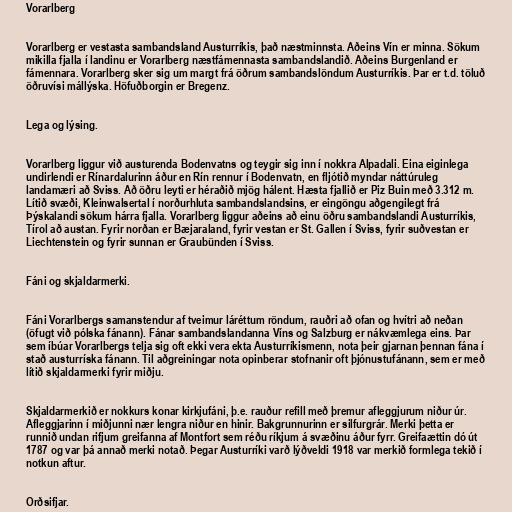
Vorarlberg

Vorarlberg er vestasta sambandsland Austurríkis, það næstminnsta. Aðeins Vín er minna. Sökum
mikilla fjalla í landinu er Vorarlberg næstfámennasta sambandslandið. Aðeins Burgenland er
fámennara. Vorarlberg sker sig um margt frá öðrum sambandslöndum Austurríkis. Þar er t.d. töluð
öðruvísi mállýska. Höfuðborgin er Bregenz.

Lega og lýsing.

Vorarlberg liggur við austurenda Bodenvatns og teygir sig inn í nokkra Alpadali. Eina eiginlega
undirlendi er Rínardalurinn áður en Rín rennur í Bodenvatn, en fljótið myndar náttúruleg
landamæri að Sviss. Að öðru leyti er héraðið mjög hálent. Hæsta fjallið er Piz Buin með 3.312 m.
Lítið svæði, Kleinwalsertal í norðurhluta sambandslandsins, er eingöngu aðgengilegt frá
Þýskalandi sökum hárra fjalla. Vorarlberg liggur aðeins að einu öðru sambandslandi Austurríkis,
Tírol að austan. Fyrir norðan er Bæjaraland, fyrir vestan er St. Gallen í Sviss, fyrir suðvestan er
Liechtenstein og fyrir sunnan er Graubünden í Sviss.

Fáni og skjaldarmerki.

Fáni Vorarlbergs samanstendur af tveimur láréttum röndum, rauðri að ofan og hvítri að neðan
(öfugt við pólska fánann). Fánar sambandslandanna Víns og Salzburg er nákvæmlega eins. Þar
sem íbúar Vorarlbergs telja sig oft ekki vera ekta Austurríkismenn, nota þeir gjarnan þennan fána í
stað austurríska fánann. Til aðgreiningar nota opinberar stofnanir oft þjónustufánann, sem er með
lítið skjaldarmerki fyrir miðju.

Skjaldarmerkið er nokkurs konar kirkjufáni, þ.e. rauður refill með þremur afleggjurum niður úr.
Afleggjarinn í miðjunni nær lengra niður en hinir. Bakgrunnurinn er silfurgrár. Merki þetta er
runnið undan rifjum greifanna af Montfort sem réðu ríkjum á svæðinu áður fyrr. Greifaættin dó út
1787 og var þá annað merki notað. Þegar Austurríki varð lýðveldi 1918 var merkið formlega tekið í
notkun aftur.

Orðsifjar.